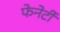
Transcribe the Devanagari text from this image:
फेनेर्टी